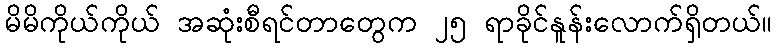
မိမိကိုယ်ကိုယ် အဆုံးစီရင်တာတွေက ၂၅ ရာခိုင်နူန်းလောက်ရှိတယ်။